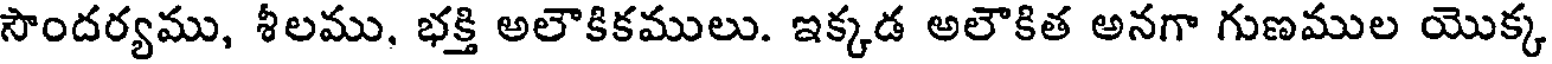
సౌందర్యము, శీలము, భక్తి అలౌకికములు. ఇక్కడ అలౌకిత అనగా గుణముల యొక్క